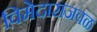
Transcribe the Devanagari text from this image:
विमेदाराजवळ